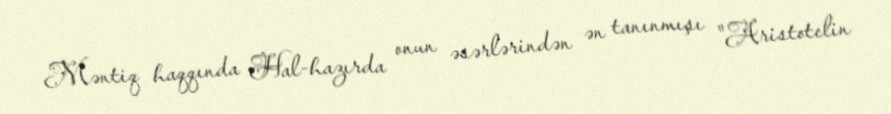
Məntiq haqqında Hal-hazırda onun əsərlərindən ən tanınmışı "Aristotelin